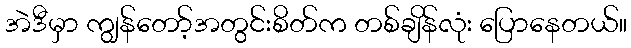
အဲဒီမှာ ကျွန်တော့်အတွင်းစိတ်က တစ်ချိန်လုံး ပြောနေတယ်။